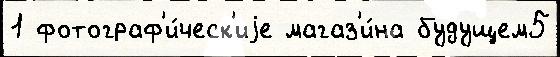
1 фотограф'и́ческ'иjе магаз'и́на будущем5